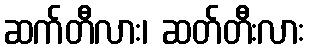
ဆက်တီလား၊ ဆတ်တီးလား